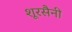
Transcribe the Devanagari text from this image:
शूरसैनी